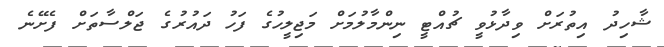
ޝާހިދު އިތުރަށް ވިދާޅުވީ ޗުއްޓީ ނިންމާލުމަށް މަޖިލީހުގެ ފަހު ދައުރުގެ ޖަލްސާތަށް ފެށޭނެ